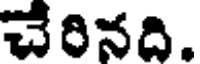
చేరినది.